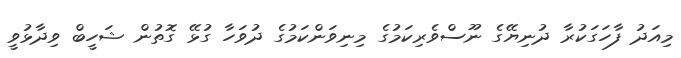
މިއަދު ފާހަގަކުރާ ދުނިޔޭގެ ނޫސްވެރިކަމުގެ މިނިވަންކަމުގެ ދުވަހާ ގުޅޭ ގޮތުން ޝަހީބް ވިދާޅުވީ